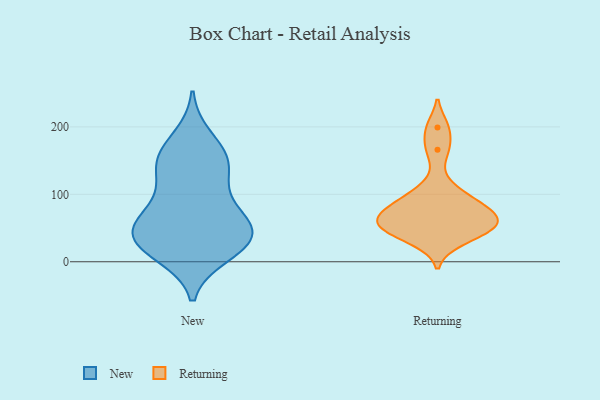
{"axis": {"x": "Headcount", "y": "Value"}, "legend": ["New", "Returning"], "data": [{"x": "", "y": 153, "type": "New"}, {"x": "", "y": 35, "type": "New"}, {"x": "", "y": 32, "type": "New"}, {"x": "", "y": 159, "type": "New"}, {"x": "", "y": 29, "type": "New"}, {"x": "", "y": 87, "type": "New"}, {"x": "", "y": 42, "type": "New"}, {"x": "", "y": 11, "type": "New"}, {"x": "", "y": 184, "type": "New"}, {"x": "", "y": 14, "type": "New"}, {"x": "", "y": 144, "type": "New"}, {"x": "", "y": 56, "type": "New"}, {"x": "", "y": 117, "type": "New"}, {"x": "", "y": 141, "type": "New"}, {"x": "", "y": 62, "type": "New"}, {"x": "", "y": 40, "type": "New"}, {"x": "", "y": 71, "type": "New"}, {"x": "", "y": 31, "type": "Returning"}, {"x": "", "y": 80, "type": "Returning"}, {"x": "", "y": 55, "type": "Returning"}, {"x": "", "y": 44, "type": "Returning"}, {"x": "", "y": 109, "type": "Returning"}, {"x": "", "y": 87, "type": "Returning"}, {"x": "", "y": 61, "type": "Returning"}, {"x": "", "y": 55, "type": "Returning"}, {"x": "", "y": 166, "type": "Returning"}, {"x": "", "y": 55, "type": "Returning"}, {"x": "", "y": 199, "type": "Returning"}, {"x": "", "y": 80, "type": "Returning"}]}